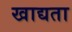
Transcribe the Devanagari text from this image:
खाद्यता